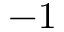
- 1